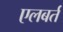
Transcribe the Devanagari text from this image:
एलबर्त